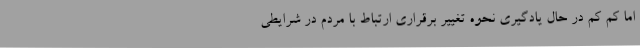
اما کم کم در حال یادگیری نحوه تغییر برقراری ارتباط با مردم در شرایطی